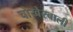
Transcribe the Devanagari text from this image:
चोखेरबाली